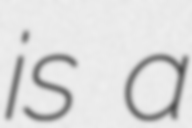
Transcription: is a